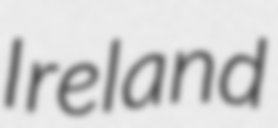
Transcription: Ireland